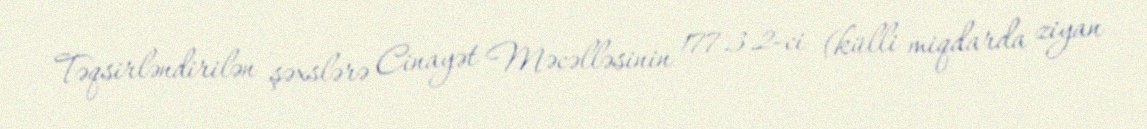
Təqsirləndirilən şəxslərə Cinayət Məcəlləsinin 177.3.2-ci (külli miqdarda ziyan